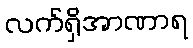
လက်ရှိအာဏာရ